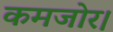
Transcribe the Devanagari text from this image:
कमजोर।